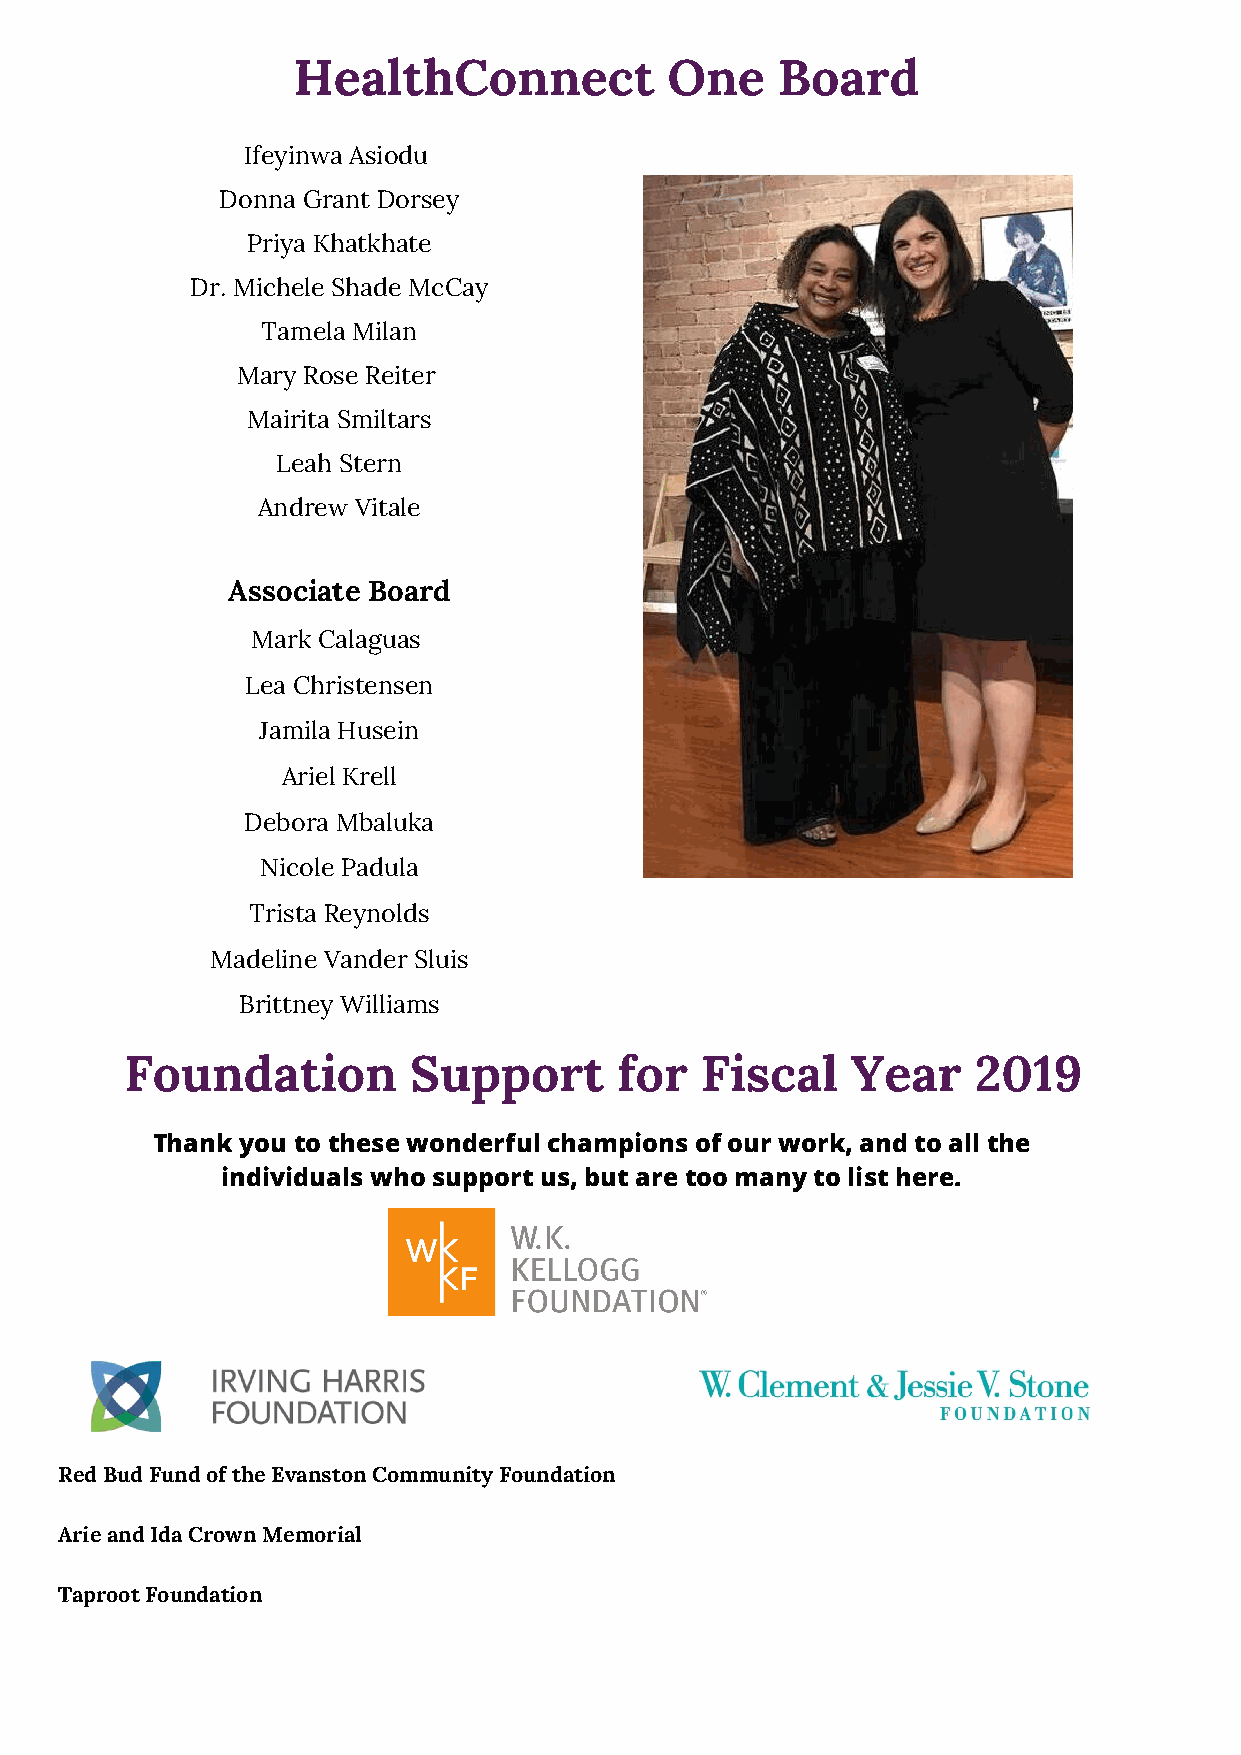
HealthConnect            One    Board
 Ifeyinwa Asiodu
 Donna Grant Dorsey
 Priya Khatkhate
 Dr. Michele Shade McCay
 Tamela Milan
 Mary Rose Reiter
 Mairita Smiltars
 Leah Stern
 Andrew Vitale
 Associate Board
 Mark Calaguas
 Lea Christensen
 Jamila Husein
 Ariel Krell
 Debora Mbaluka
 Nicole Padula
 Trista Reynolds
 Madeline Vander Sluis
 Brittney Williams
 Foundation         Support       for  Fiscal    Year     2019
 Thank you to these wonderful champions of our work, and to all the
 individuals who support us, but are too many to list here.
 Red Bud Fund of the Evanston Community Foundation
 Arie and Ida Crown Memorial
 Taproot Foundation